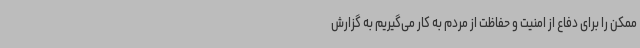
ممکن را برای دفاع از امنیت و حفاظت از مردم به کار می‌گیریم به گزارش